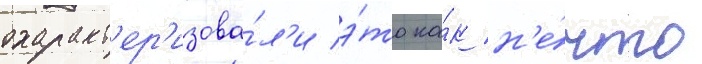
охаракт'ер'изова́л'и э́то ка́к н'е́что